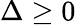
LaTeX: \Delta\ge 0